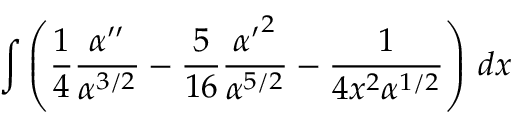
\int \left( { \frac { 1 } { 4 } } { \frac { \alpha ^ { \prime \prime } } { \alpha ^ { 3 / 2 } } } - { \frac { 5 } { 1 6 } } { \frac { { \alpha ^ { \prime } } ^ { 2 } } { \alpha ^ { 5 / 2 } } } - { \frac { 1 } { 4 x ^ { 2 } \alpha ^ { 1 / 2 } } } \right) \, d x